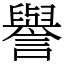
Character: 譽